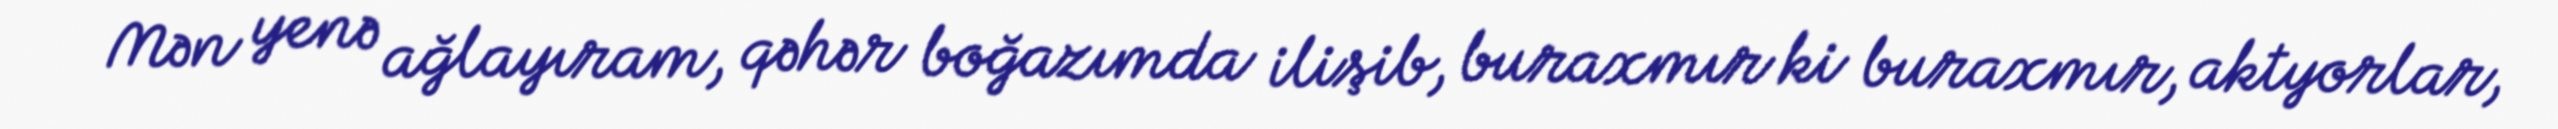
Mən yenə ağlayıram, qəhər boğazımda ilişib, buraxmır ki buraxmır, aktyorlar,